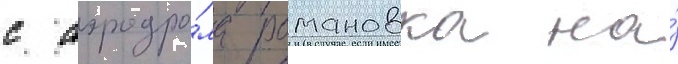
с аэродро́ма романовка на́